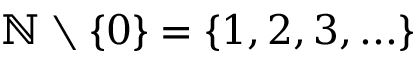
\mathbb { N } \setminus \left\{ 0 \right\} = \{ 1 , 2 , 3 , . . . \}